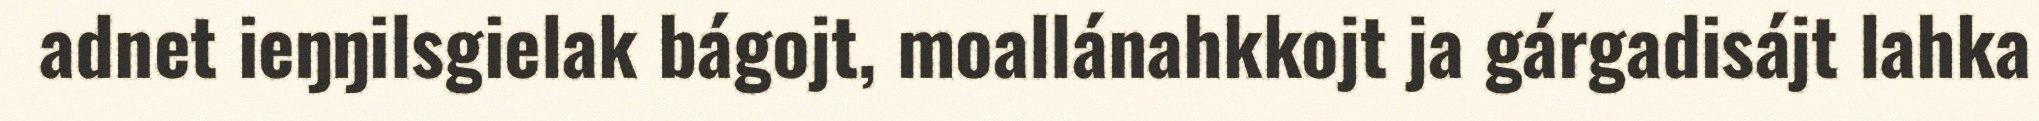
adnet ieŋŋilsgielak bágojt, moallánahkkojt ja gárgadisájt lahka